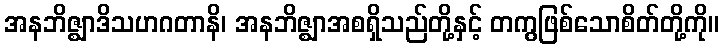
အနဘိဇ္ဈာဒိသဟဂတာနိ၊ အနဘိဇ္ဈာအစရှိသည်တို့နှင့် တကွဖြစ်သောစိတ်တို့ကို။